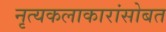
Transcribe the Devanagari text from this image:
नृत्यकलाकारांसोबत